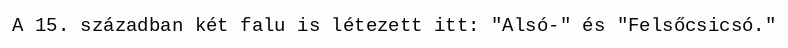
A 15. században két falu is létezett itt: "Alsó-" és "Felsőcsicsó."